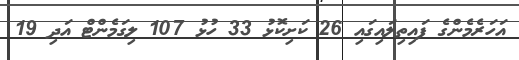
އަހަރެމެންގެ ފައިތިލައިގައި 26 ކަށިކޮޅު 33 ހުޅު 107 ލިގަމެންޓް އަދި 19